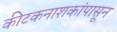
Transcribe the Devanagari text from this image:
कीटकनाशकांपासून